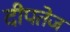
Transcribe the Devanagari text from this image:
दीपतेज